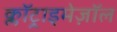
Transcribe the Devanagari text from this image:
क्लॉट्राइमेज़ॉल